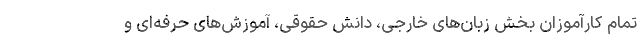
تمام کارآموزان بخش زبان‌های خارجی، دانش حقوقی، آموزش‌های حرفه‌ای و